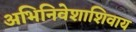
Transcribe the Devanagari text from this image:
अभिनिवेशाशिवाय